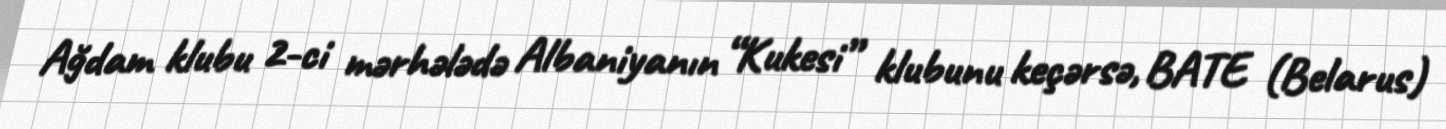
Ağdam klubu 2-ci mərhələdə Albaniyanın “Kukesi” klubunu keçərsə, BATE (Belarus)